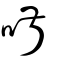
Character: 𠴫